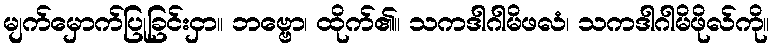
မျက်မှောက်ပြုခြင်းငှာ။ ဘဗ္ဗော၊ ထိုက်၏။ သကဒါဂါမိဖလံ၊ သကဒါဂါမိဖိုလ်ကို။